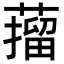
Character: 𦼾